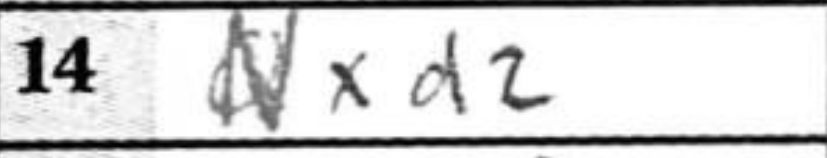
Transcription: Nxd2